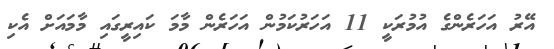
އޭރު އަހަރެންގެ އުމުރަކީ 11 އަހަރުކަމުން އަހަރެން މާމަ ކައިރީގައި މާމައަށް އެކި